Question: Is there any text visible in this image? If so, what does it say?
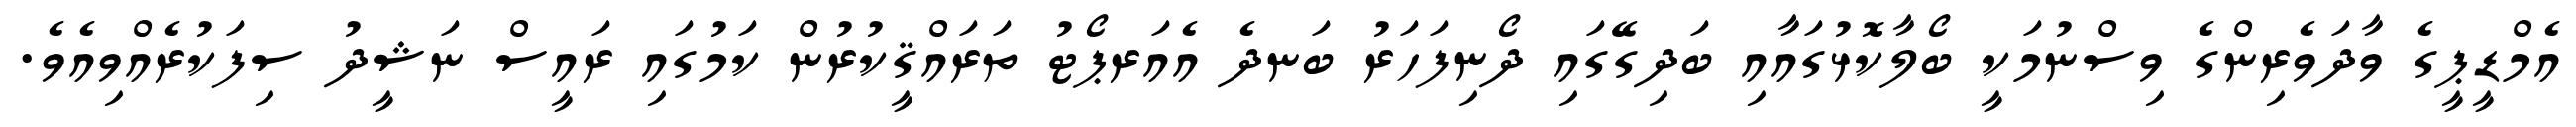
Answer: އެމްޑީޕީގެ ވާދަވެރިންގެ ވިސްނުމަކީ ބޯލާކޮޅުގައާއި ބަދިގޭގައި ދޯނިފަހަރު ބަނދެ އެއަރޕޯޓު ތަރައްޤީކުރުން ކަމުގައި ރައީސް ނަޝީދު ސިފަކުރެއްވިއެވެ.